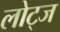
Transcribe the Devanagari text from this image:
लोट्ज